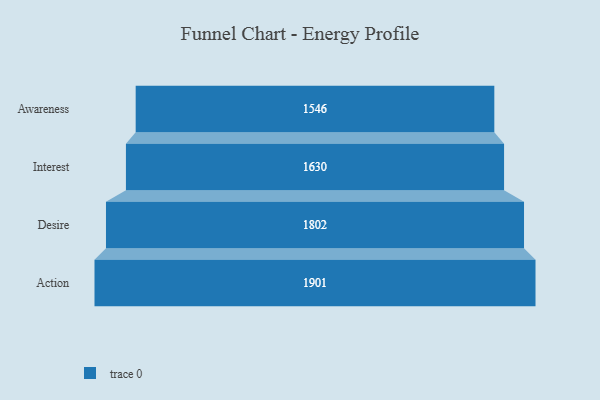
{"axis": {"x": "Stage", "y": "Value"}, "legend": [""], "data": [{"x": "Awareness", "y": 1546.0, "type": ""}, {"x": "Interest", "y": 1630.0, "type": ""}, {"x": "Desire", "y": 1802.0, "type": ""}, {"x": "Action", "y": 1901.0, "type": ""}]}